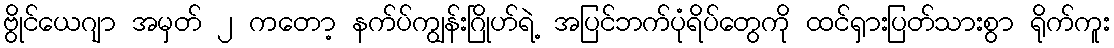
ဗွိုင်ယေဂျာ အမှတ် ၂ ကတော့ နက်ပ်ကျွန်းဂြိုဟ်ရဲ့ အပြင်ဘက်ပုံရိပ်တွေကို ထင်ရှားပြတ်သားစွာ ရိုက်ကူး